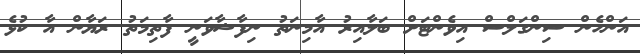
އަންހެން ސިންގަލްސް އިވެންޓަށް ބަލާއިރު އާމިނަތު ނިފާޝާވަނީ ފާތިމަތު ރަޔާން އާ ކުޅެ